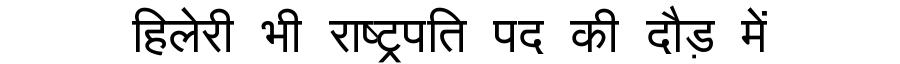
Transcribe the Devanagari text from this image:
हिलेरी भी राष्ट्रपति पद की दौड़ में